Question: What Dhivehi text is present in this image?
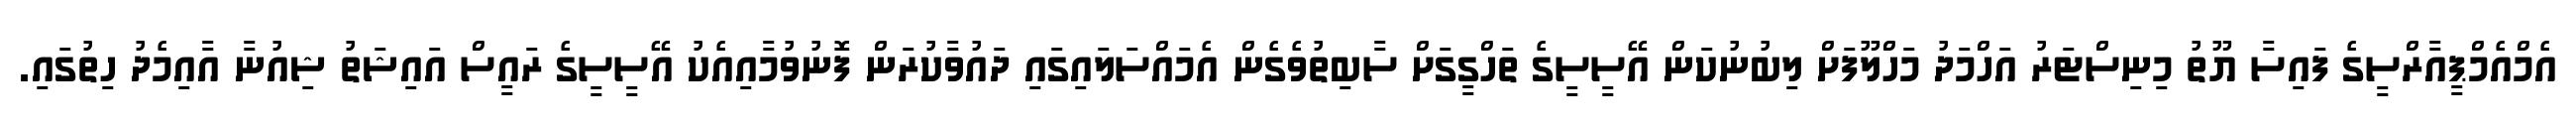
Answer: އެމްއެމްޕީއާރްސީގެ ފައިސާ ޔޫތު މިނިސްޓަރު އަހްމަދު މަހްލޫފަށް ލިބުނުކަން އޭސީސީގެ ތަހްގީގަށް ސާބިތުވެގެން އެމައްސަލައިގައި ދައުވާކުރަން ފޮނުވުމާއިއެކު އޭސީސީގެ ރައީސް އައިޝަތު ޝިއުނާ އާއިމެދު ހިތުގައި.